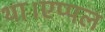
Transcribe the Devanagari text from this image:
था।एप्पल